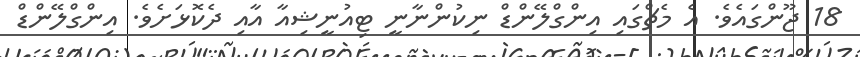
18 ޖޫންގައެވެ. އެ މެޗްގައި އިންގްލޭންޑް ނިކުންނާނީ ޓިއުނީޝިއާ އާއި ދެކޮޅަށެވެ. އިންގްލޭންޑް